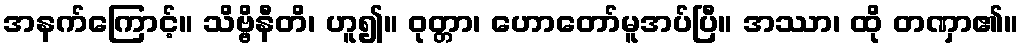
အနက်ကြောင့်။ သိဗ္ဗိနီတိ၊ ဟူ၍။ ဝုတ္တာ၊ ဟောတော်မူအပ်ပြီ။ အဿာ၊ ထို တဏှာ၏။